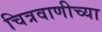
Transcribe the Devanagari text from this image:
चित्रवाणीच्या